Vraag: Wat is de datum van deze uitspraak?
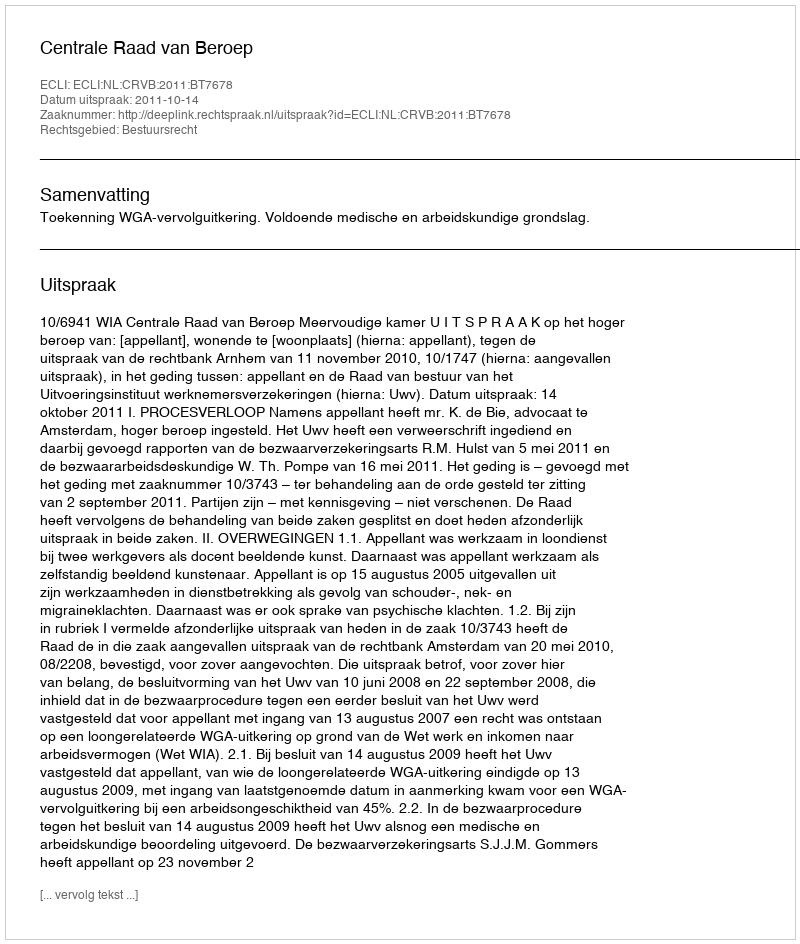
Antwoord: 2011-10-14